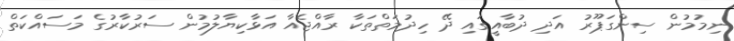
ނިމުމުން ސިންގަޕޫރު އަދި ދުބާއީގައި ދޭ ހިދުމަތްތަކާ ރާއްޖެއާ އަޅާކިޔާލުމުން ސަރުކާރުގެ މަސައްކަތް